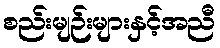
စည်းမျဉ်းများနှင့်အညီ